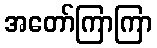
အတော်ကြာကြာ